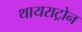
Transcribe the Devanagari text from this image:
थायराट्रोन